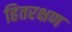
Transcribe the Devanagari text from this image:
हितरक्षण